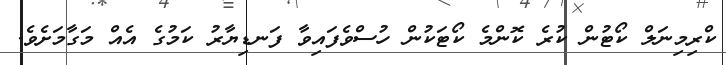
ކްރިމިނަލް ކޯޓުން ކުރެ ކޮންމެ ކޯޓަކުން ހުސްވެފައިވާ ފަނޑިޔާރު ކަމުގެ އެއް މަގާމަށެވެ.